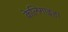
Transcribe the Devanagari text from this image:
केलिगाइडा